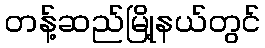
တန့်ဆည်မြို့နယ်တွင်